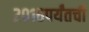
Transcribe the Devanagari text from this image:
२०१६पर्यंतची